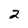
Character: 2